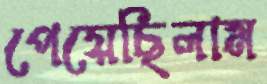
পেয়েছিলাম